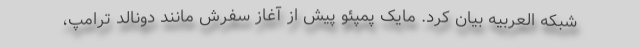
شبکه العربیه بیان کرد. مایک پمپئو پیش از آغاز سفرش مانند دونالد ترامپ،